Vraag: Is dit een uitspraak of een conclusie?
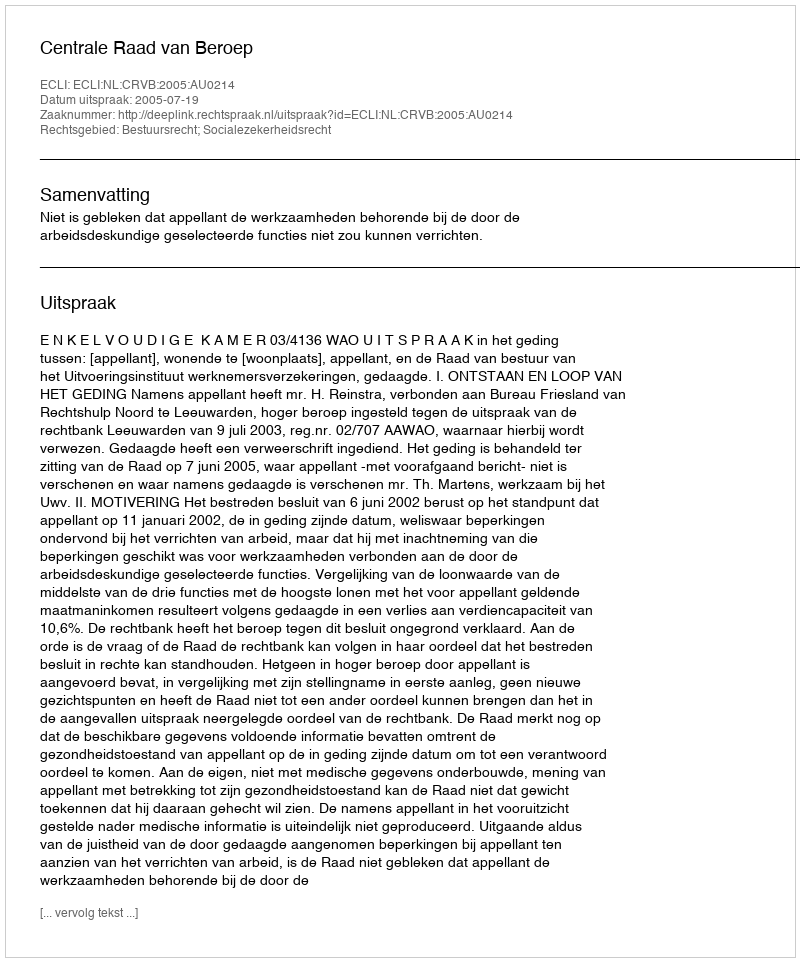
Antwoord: Uitspraak